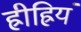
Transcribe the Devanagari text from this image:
ह्रीह्रियं